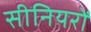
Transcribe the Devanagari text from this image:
सीनियरों